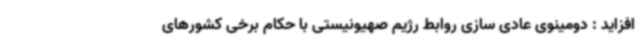
افزاید : دومینوی عادی سازی روابط رژیم صهیونیستی با حکام برخی کشورهای